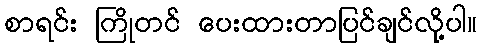
စာရင်း ကြိုတင် ပေးထားတာပြင်ချင်လို့ပါ။